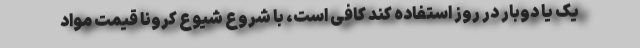
یک یا دوبار در روز استفاده کند کافی است، با شروع شیوع کرونا قیمت مواد